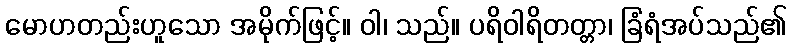
မောဟတည်းဟူသော အမိုက်ဖြင့်။ ဝါ၊ သည်။ ပရိဝါရိတတ္တာ၊ ခြံရံအပ်သည်၏